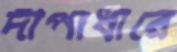
দীপাধারে